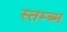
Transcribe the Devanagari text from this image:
स्तम्ब्भ